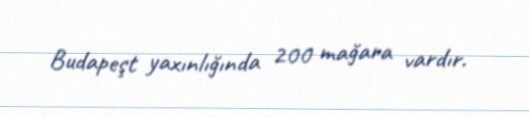
Budapeşt yaxınlığında 200 mağara vardır.